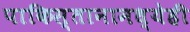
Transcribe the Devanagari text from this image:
पाकिस्तानामध्येही